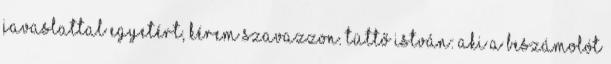
javaslattal egyetért, kérem szavazzon. Tüttő István: Aki a beszámolót